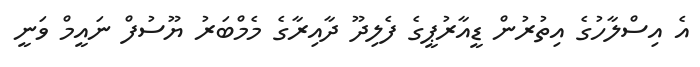
އެ އިސްލާހުގެ އިތުރުން ޑީއާރުޕީގެ ފެލިދޫ ދާއިރާގެ މެމްބަރު ޔޫސުފް ނައީމް ވަނީ